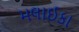
મલાઈકા